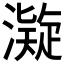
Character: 𱩆